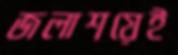
জলাশয়েই